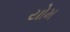
યોમ